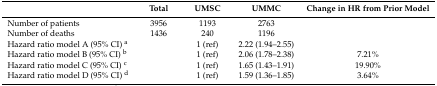
<table><thead><tr><td>[EMPTY_CELL]</td><td><b>Total</b></td><td><b>UMSC</b></td><td><b>UMMC</b></td><td><b>Change in HR from Prior Model</b></td></tr></thead><tbody><tr><td>Number of patients</td><td>3956</td><td>1193</td><td>2763</td><td>[EMPTY_CELL]</td></tr><tr><td>Number of deaths</td><td>1436</td><td>240</td><td>1196</td><td>[EMPTY_CELL]</td></tr><tr><td>Hazard ratio model A (95% CI) <sup>a</sup></td><td>[EMPTY_CELL]</td><td>1 (ref)</td><td>2.22 (1.94–2.55)</td><td>[EMPTY_CELL]</td></tr><tr><td>Hazard ratio model B (95% CI) <sup>b</sup></td><td>[EMPTY_CELL]</td><td>1 (ref)</td><td>2.06 (1.78–2.38)</td><td>7.21%</td></tr><tr><td>Hazard ratio model C (95% CI) <sup>c</sup></td><td>[EMPTY_CELL]</td><td>1 (ref)</td><td>1.65 (1.43–1.91)</td><td>19.90%</td></tr><tr><td>Hazard ratio model D (95% CI) <sup>d</sup></td><td>[EMPTY_CELL]</td><td>1 (ref)</td><td>1.59 (1.36–1.85)</td><td>3.64%</td></tr></tbody></table>